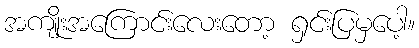
အကျိုးအကြောင်းလေးတော့ ရှင်းပြမှပေါ့။